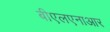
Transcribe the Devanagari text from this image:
बीएलएनाआर